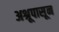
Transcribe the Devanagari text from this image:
अश्रूपासून